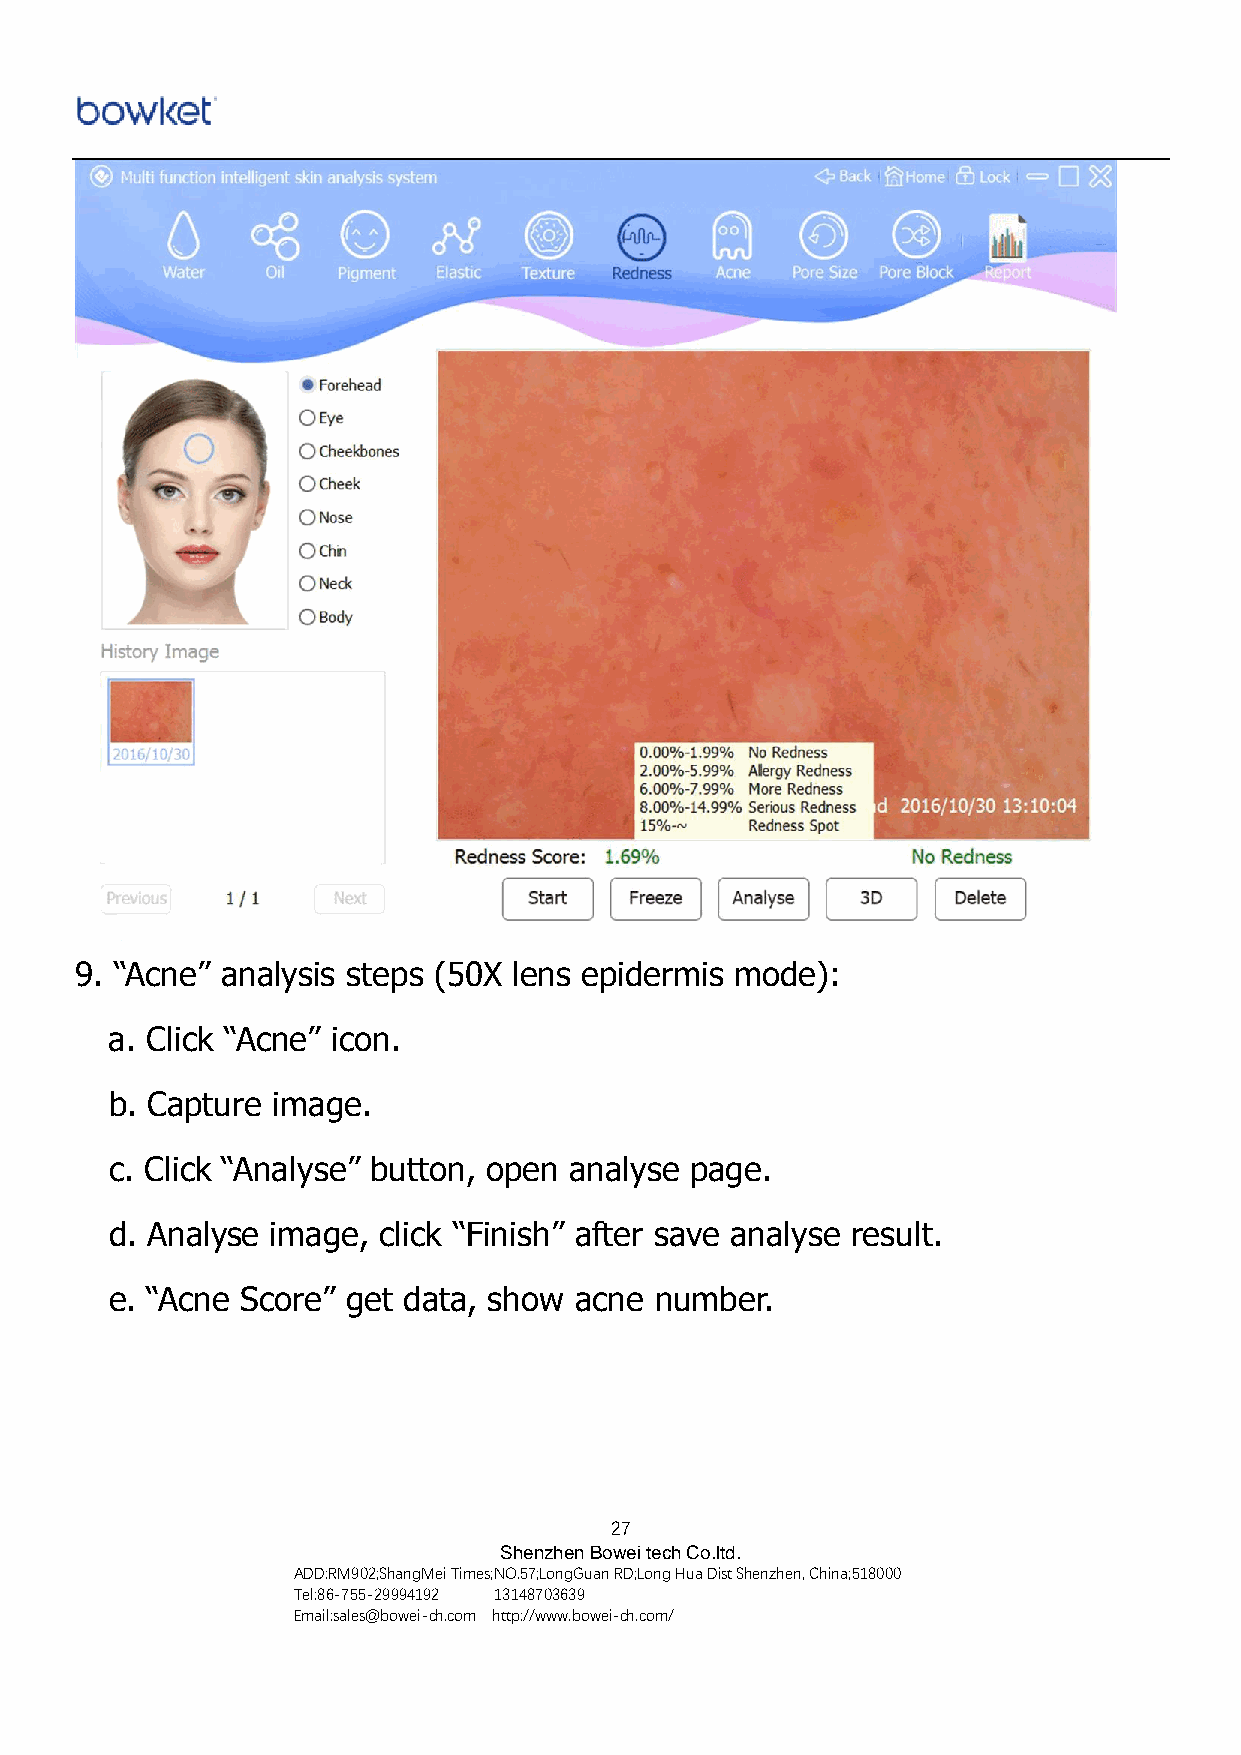
9. “Acne” analysis steps (50X lens epidermis mode):
 a. Click “Acne” icon.
 b. Capture image.
 c. Click “Analyse” button, open analyse page.
 d. Analyse image, click “Finish” after save analyse result.
 e. “Acne Score” get data, show acne number.
 27
 Shenzhen Bowei tech Co.ltd.
 ADD:RM902;ShangMei Times;NO.57;LongGuan RD;Long Hua Dist Shenzhen, China;518000
 Tel:86-755-29994192 13148703639
 Email:sales@bowei-ch.com http://www.bowei-ch.com/